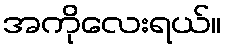
အကိုလေးရယ်။